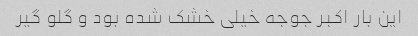
این بار اکبر جوجه خیلی خشک شده بود و گلو گیر